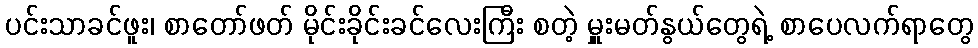
ပင်းသာခင်ဖူး၊ စာတော်ဖတ် မိုင်းခိုင်းခင်လေးကြီး စတဲ့ မှူးမတ်နွယ်တွေရဲ့ စာပေလက်ရာတွေ